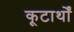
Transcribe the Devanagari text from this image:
कूटार्थों